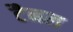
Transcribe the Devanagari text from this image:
टैनल